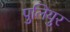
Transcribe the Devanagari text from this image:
पुलियुर